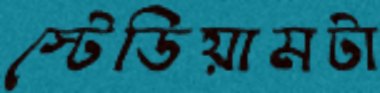
স্টেডিয়ামটা